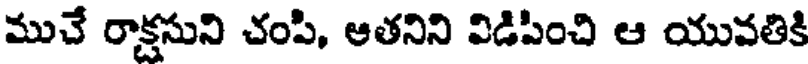
ముచే రాక్షసుని చంపి, ఆతనిని విడిపించి ఆ యువతికి